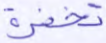
تخفوه